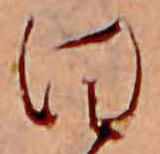
日